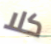
كلا